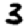
Digit: 3